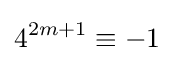
4^{2m+1}\equiv -1